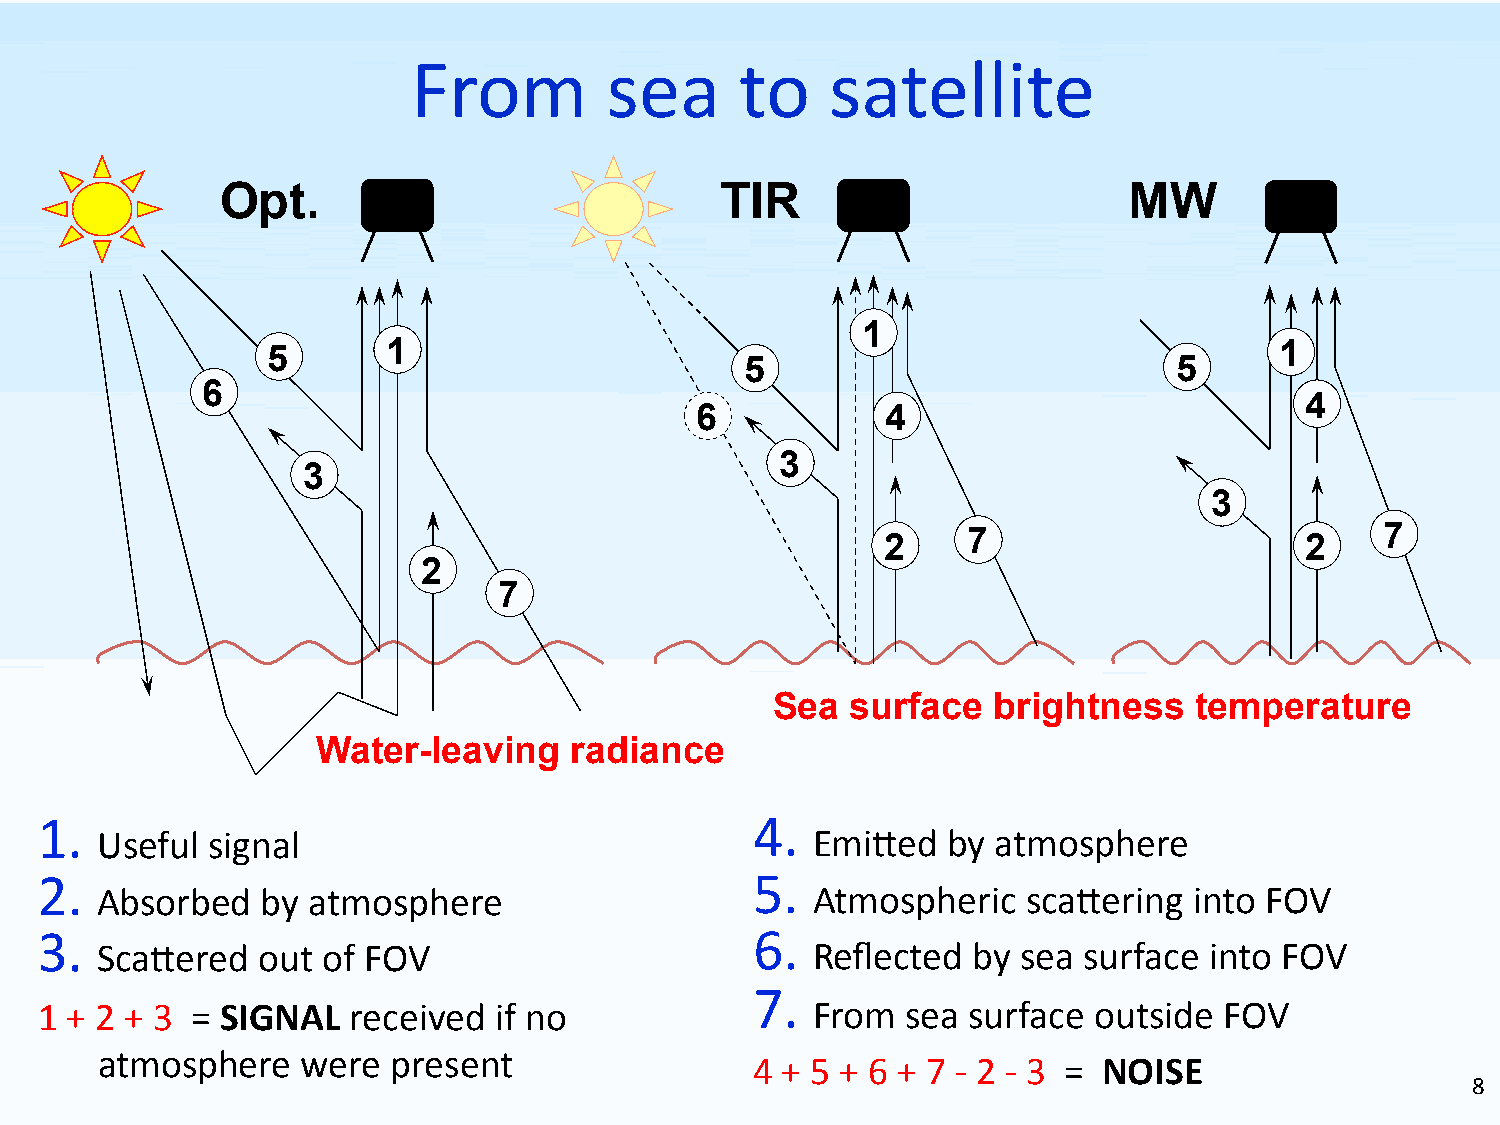
From         sea      to    satellite
 Opt.                             TIR                        MW
 1
 5      1                                                           1
 5                            5
 6
 4
 6            4
 3
 3
 3
 2     7                     2    7
 2
 7
 Sea  surface   brightness   temperature
 Water-leaving    radiance
 1.                                              4.
 Useful  signal                                  Emi<ed   by atmosphere
 2.                                              5.
 Absorbed   by atmosphere                        Atmospheric   sca<ering  into FOV
 3.                                              6.
 Sca<ered   out of FOV                           Reflected by  sea surface into FOV
 7.
 1 + 2 + 3  = SIGNAL  received  if no                From  sea surface outside  FOV
 atmosphere    were  present
 4 + 5 + 6 + 7 -­‐ 2 -­‐ 3 = NOISE
 8